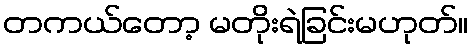
တကယ်တော့ မတိုးရဲခြင်းမဟုတ်။